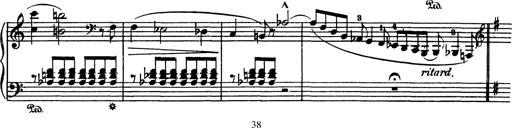
Title: AnnÃ©es de pÃ¨lerinage I
Composer: Franz Liszt